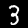
Label: 3